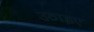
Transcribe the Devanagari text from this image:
उठाइए